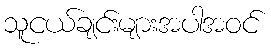
သူငယ်ချင်းများအပါအဝင်